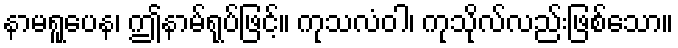
နာမရူပေန၊ ဤနာမ်ရုပ်ဖြင့်။ ကုသလံဝါ၊ ကုသိုလ်လည်းဖြစ်သော။